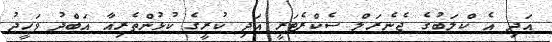
އަދި އެ ކްލަބުގެ ޖެނެރަލް ސެކްރެޓަރީ އަދި ކުރީގެ ކުޅުންތެރިއާ އަބްދު ވަހީދު